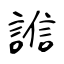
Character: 𧪄